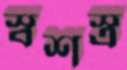
স্বশস্ত্র